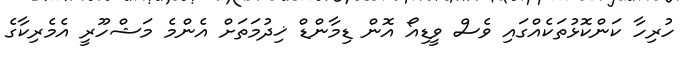
ހުރިހާ ކަންކޮޅުތަކެއްގައި ވެސް ވީޑިއޯ އޮން ޑިމާންޑް ޚިދުމަތަށް އެންމެ މަޝްހޫރީ އެމެރިކާގެ